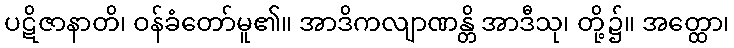
ပဋိဇာနာတိ၊ ဝန်ခံတော်မူ၏။ အာဒိကလျာဏန္တိ အာဒီသု၊ တို့၌။ အတ္ထော၊